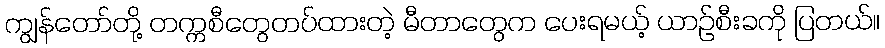
ကျွန်တော်တို့ တက္ကစီတွေတပ်ထားတဲ့ မီတာတွေက ပေးရမယ့် ယာဉ်စီးခကို ပြတယ်။